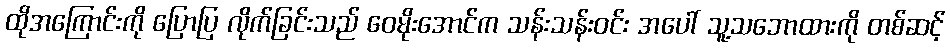
ထိုအကြောင်းကို ပြောပြ လိုက်ခြင်းသည် ဝေမိုးအောင်က သန်းသန်းဝင်း အပေါ် သူ့သဘောထားကို တစ်ဆင့်